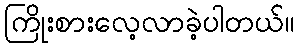
ကြိုးစားလေ့လာခဲ့ပါတယ်။